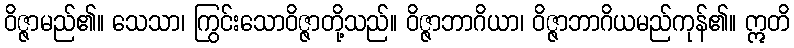
ဝိဇ္ဇာမည်၏။ သေသာ၊ ကြွင်းသောဝိဇ္ဇာတို့သည်။ ဝိဇ္ဇာဘာဂိယာ၊ ဝိဇ္ဇာဘာဂိယမည်ကုန်၏။ ဣတိ